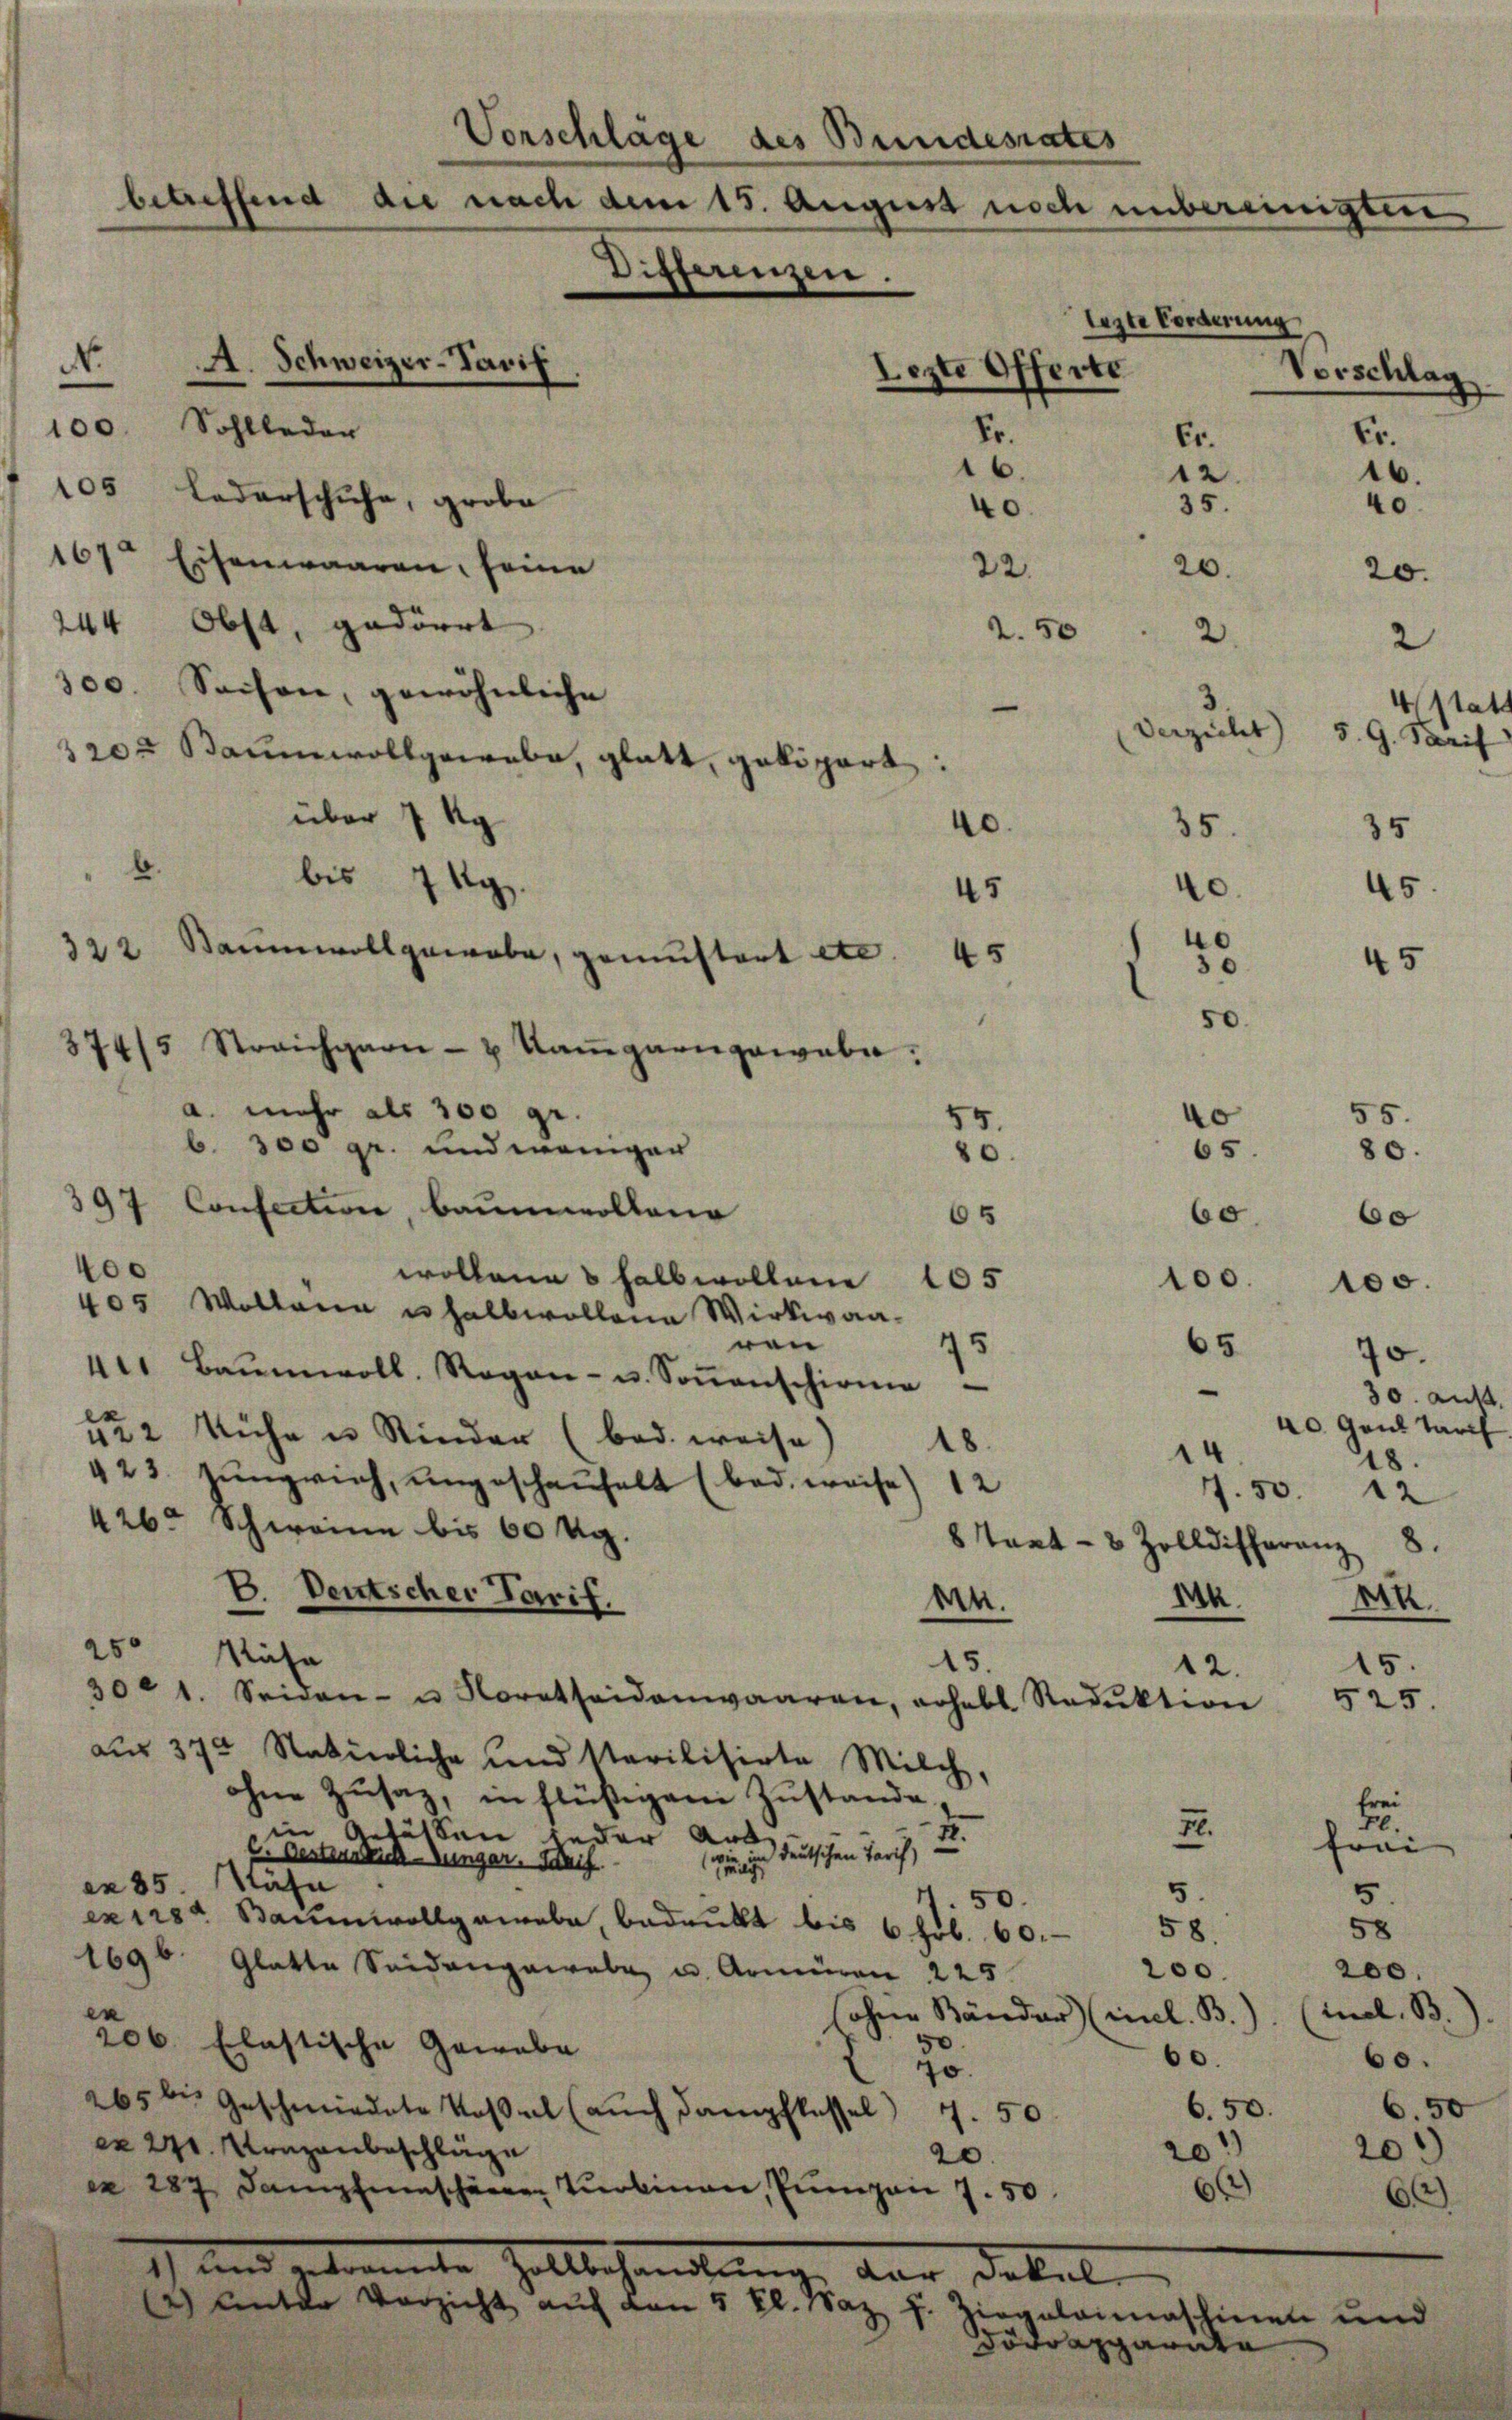
No
244 Obst, gedörrt
2.50
300. Seifen, gewöhnliche
320. Baumwollgewebe, glatt, geköpert:
über 1 kg
40.
b.
45
45
a. mehr als 200 gr.
55.
b. 300 gr. und weniger
80
397 Confection, Baumwollene
65
400
wollene halbwollene 105
405 Wollena u halbwollena Wirkwaanen
95
41. Baumwoll. Regen- u. Soṅenschirme
4½ 2 Kühe u Rinder (bod. weise,
18.
423. Jungvieh, ungeschaufelt (bod. weise) 12
426. Schweine bis 60 Ug.
E. Deutscher Tarif.
en.
Nähe
15.
301. Seiden- u. Korntheidenwaaren, erhebt. Reduktion 525.
aus 372 Natürliche und starilisirte Milch,
ohne Zusaz, in flüßigem Zustande,
2
in Getätten jeder aus deutschen Tarch,
C. Oesterrich-ungar. Beif
innig
ex 85 Nähe
extra Baumwollgewebe, bedrukt bis 6 Fr. 60.
1696 Glatte Seidengewebe u. Armiren 225
en
206. Elastische Gewebe
2
265 bis Geschmiedete Kossal (auch dampflassel 7. 50
ex 271. Uruzaubeschläge
20.
 287. Dampfmaschenen Tobian Pŭngen 7. 50
1) und gebrannte Zollbehandlung der dekel
2) Unter Verzicht auch den 5 Kl. Naz
.

Vorschläge des Bundesrates
betreffend die nach dem 15. August noch unbereinigten
Differenzen.
lezte Forderung
A. Schweizer-Pavil
Lezte Offerte
Vorschlag
.
100. Sohlleder
Sr.
Er.
Er.
6.
12
16.
105 Lederschuhe, grobe
35.
40.
40.
167. Eisenwaaren, seine
20.
22.
20.

bis 7 Kg.
322 Baumwoll gewebe, gemustert etc
374/5 Streichgarn- & Kaṁgarn gewebe.

2
3.
4 stat
Verzicht 5. G. Tarif
35.
35

2.

II.

40.
0
50.

45

45

55.
ko
80.
65
60
be
100.
100.
65
70.
30. Aus
40 Gail darf
18.
7.50.
12
8 Teat - 8 Zolldifferenz 8
An
An
15.
12.

ziegalaimaschinen
Dödrapparata

frei
F.
trai
5.
5.
58
58.
200.
200.
sohne Bänder (inl. B.) (mal. B.)
60.
60.
6.50
6.50.
*)
20)
6
6)